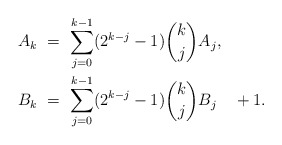
\begin{align*} A_k \ &= \ \sum_{j=0}^{k-1} (2^{k-j} - 1) \binom{k}{j}A_j, \\ B_k \ &= \ \sum_{j=0}^{k-1} (2^{k-j} - 1) \binom{k}{j}B_j \ \ \ + 1. \end{align*}